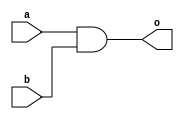
module and_I_32(
	input wire [31:0] a,
	input wire [31:0] b,
	output wire [31:0] o
);
	assign o = a & b;
endmodule